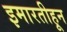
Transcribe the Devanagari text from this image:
इमारतीहून